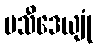
ပသီဒေယျုံ